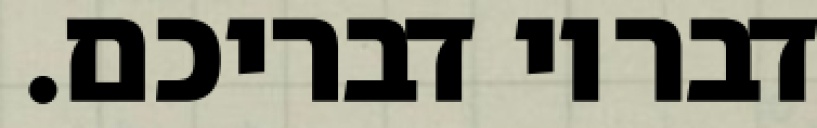
דבריו דבריכם.